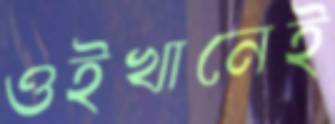
ওইখানেই